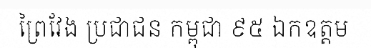
ព្រៃវែង ប្រជាជន កម្ពុជា ៩៥ ឯកឧត្តម